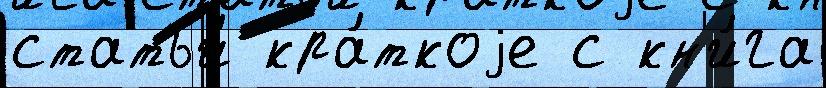
статьи́ кра́ткоjе с кн'и́га